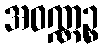
အဝဏ္ဏဉ္စ